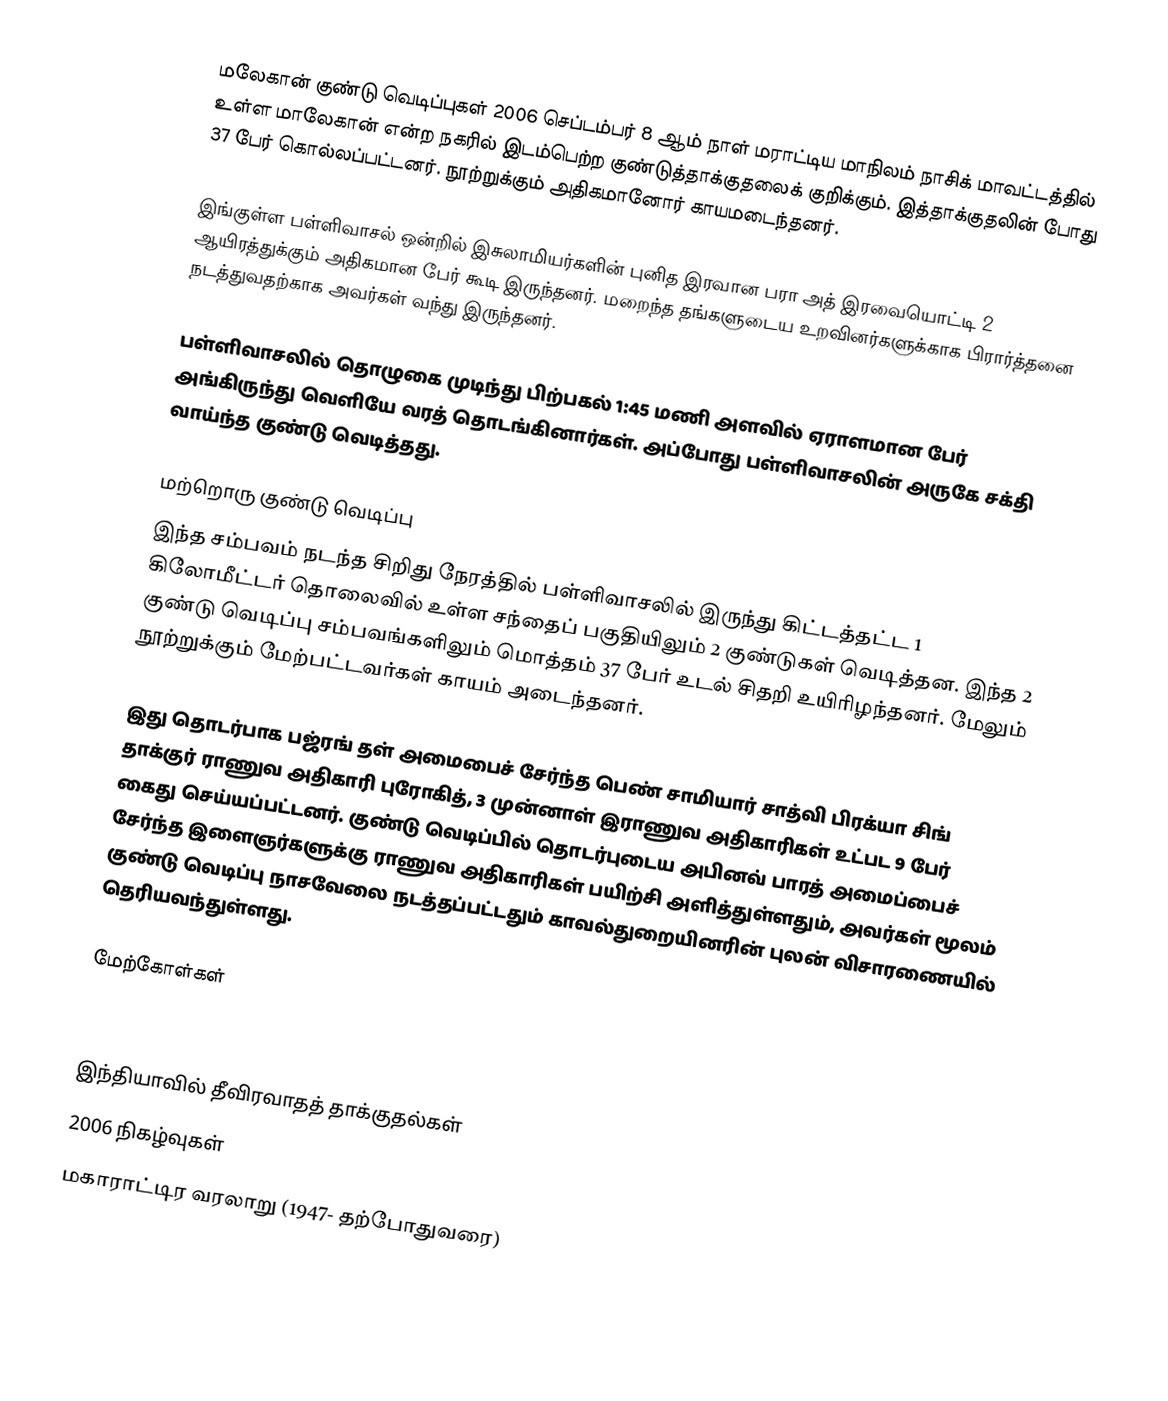
மலேகான் குண்டு வெடிப்புகள் 2006 செப்டம்பர் 8 ஆம் நாள் மராட்டிய மாநிலம் நாசிக் மாவட்டத்தில் உள்ள மாலேகான் என்ற நகரில் இடம்பெற்ற குண்டுத்தாக்குதலைக் குறிக்கும். இத்தாக்குதலின் போது 37 பேர் கொல்லப்பட்டனர். நூற்றுக்கும் அதிகமானோர் காயமடைந்தனர்.

இங்குள்ள பள்ளிவாசல் ஒன்றில்  இசுலாமியர்களின் புனித இரவான பரா அத் இரவையொட்டி 2 ஆயிரத்துக்கும் அதிகமான பேர் கூடி இருந்தனர். மறைந்த தங்களுடைய உறவினர்களுக்காக பிரார்த்தனை நடத்துவதற்காக அவர்கள் வந்து இருந்தனர்.

பள்ளிவாசலில் தொழுகை முடிந்து பிற்பகல் 1:45 மணி அளவில் ஏராளமான பேர் அங்கிருந்து வெளியே வரத் தொடங்கினார்கள். அப்போது பள்ளிவாசலின் அருகே சக்தி வாய்ந்த குண்டு வெடித்தது.

மற்றொரு குண்டு வெடிப்பு
இந்த சம்பவம் நடந்த சிறிது நேரத்தில் பள்ளிவாசலில் இருந்து கிட்டத்தட்ட 1 கிலோமீட்டர் தொலைவில் உள்ள  சந்தைப் பகுதியிலும் 2 குண்டுகள்  வெடித்தன.  இந்த 2 குண்டு வெடிப்பு சம்பவங்களிலும் மொத்தம் 37 பேர் உடல் சிதறி உயிரிழந்தனர். மேலும் நூற்றுக்கும் மேற்பட்டவர்கள் காயம் அடைந்தனர்.

இது தொடர்பாக பஜ்ரங் தள் அமைபைச் சேர்ந்த பெண் சாமியார் சாத்வி பிரக்யா சிங் தாக்குர் ராணுவ அதிகாரி புரோகித், 3 முன்னாள் இராணுவ அதிகாரிகள் உட்பட 9 பேர் கைது செய்யப்பட்டனர். குண்டு வெடிப்பில் தொடர்புடைய அபினவ் பாரத் அமைப்பைச் சேர்ந்த இளைஞர்களுக்கு ராணுவ அதிகாரிகள் பயிற்சி அளித்துள்ளதும், அவர்கள் மூலம் குண்டு வெடிப்பு நாசவேலை நடத்தப்பட்டதும் காவல்துறையினரின் புலன் விசாரணையில் தெரியவந்துள்ளது.

மேற்கோள்கள்

இந்தியாவில் தீவிரவாதத் தாக்குதல்கள்
2006 நிகழ்வுகள்
மகாராட்டிர வரலாறு (1947- தற்போதுவரை)